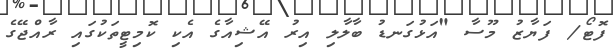
ފޮޓޯ/ ފަޔާޒު މޫސާ "އަޅުގަނޑު ބާލާލި އިރު އޭޝިއާގެ އެކި ކޮމިޓީތަކުގައި ރާއްޖޭގެ